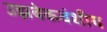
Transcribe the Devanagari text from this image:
उझबेकवंशीय